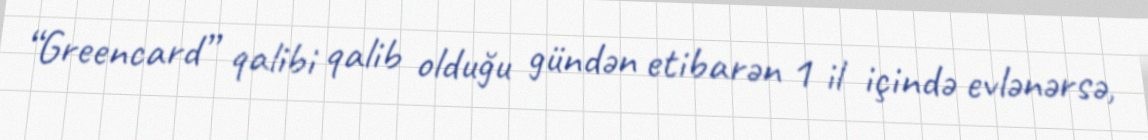
“Greencard” qalibi qalib olduğu gündən etibarən 1 il içində evlənərsə,